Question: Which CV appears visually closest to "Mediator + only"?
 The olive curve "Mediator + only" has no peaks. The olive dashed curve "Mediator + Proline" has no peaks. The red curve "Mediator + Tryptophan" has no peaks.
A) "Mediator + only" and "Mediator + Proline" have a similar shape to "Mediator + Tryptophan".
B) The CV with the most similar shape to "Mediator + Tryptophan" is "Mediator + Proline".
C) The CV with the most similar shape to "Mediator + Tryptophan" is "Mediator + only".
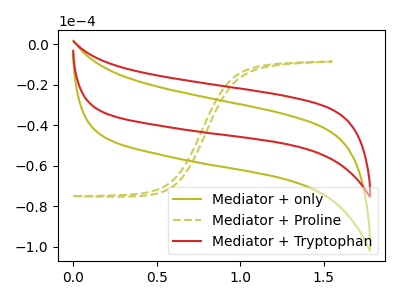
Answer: <think>Neither "Mediator + only" or "Mediator + Proline" have any peaks. Neither "Mediator + only" or "Mediator + Tryptophan" have any peaks. Neither "Mediator + Proline" or "Mediator + Tryptophan" have any peaks.
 </think>
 <answer>A) "Mediator + only" and "Mediator + Proline" have a similar shape to "Mediator + Tryptophan".</answer>
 <eval>A</eval>